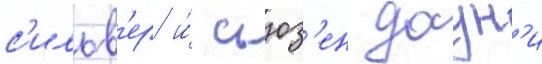
с'ильв'ер и́ сьюз'ен даун'и